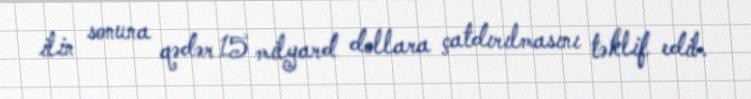
ilin sonuna qədər 15 milyard dollara çatdırılmasını təklif edib.